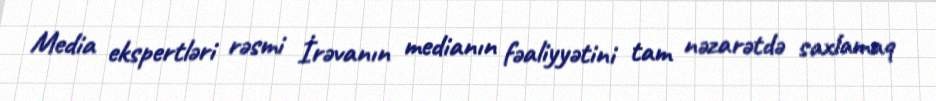
Media ekspertləri rəsmi İrəvanın medianın fəaliyyətini tam nəzarətdə saxlamaq